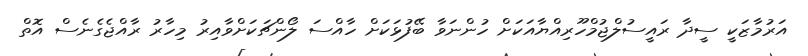
އަރުމާޒަކީ ސީދާ ރައީސުލްޖުމްހޫރިއްޔާއަކަށް ހުންނަވާ ބޭފުޅަކަށް ހާއްސަ ލޯންޗަކަށްވާއިރު މިހާރު ރާއްޖެގެނެސް އޮތް